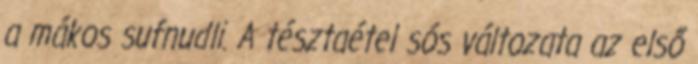
a mákos sufnudli. A tésztaétel sós változata az első